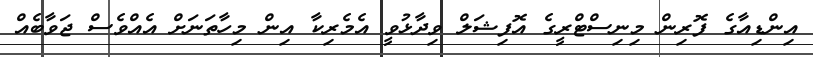
އިންޑިއާގެ ފޮރިން މިނިސްޓްރީގެ އޮފިޝަލް ވިދާޅުވީ އެމެރިކާ އިން މިހާތަނަށް އެއްވެސް ޖަވާބެއް